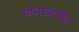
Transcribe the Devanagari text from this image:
सांभाळावीत